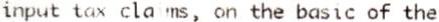
INPUT TAX CLAIMS, ON THE BASIC OF THE